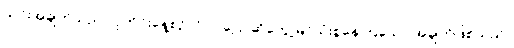
ယင်းအချက်သည် လူတိုင်းနေ့စဉ်လိုလို ပြောဆိုတွေ့မြင်သုံးစွဲနေကြသော အချက်ဖြစ်သည်။